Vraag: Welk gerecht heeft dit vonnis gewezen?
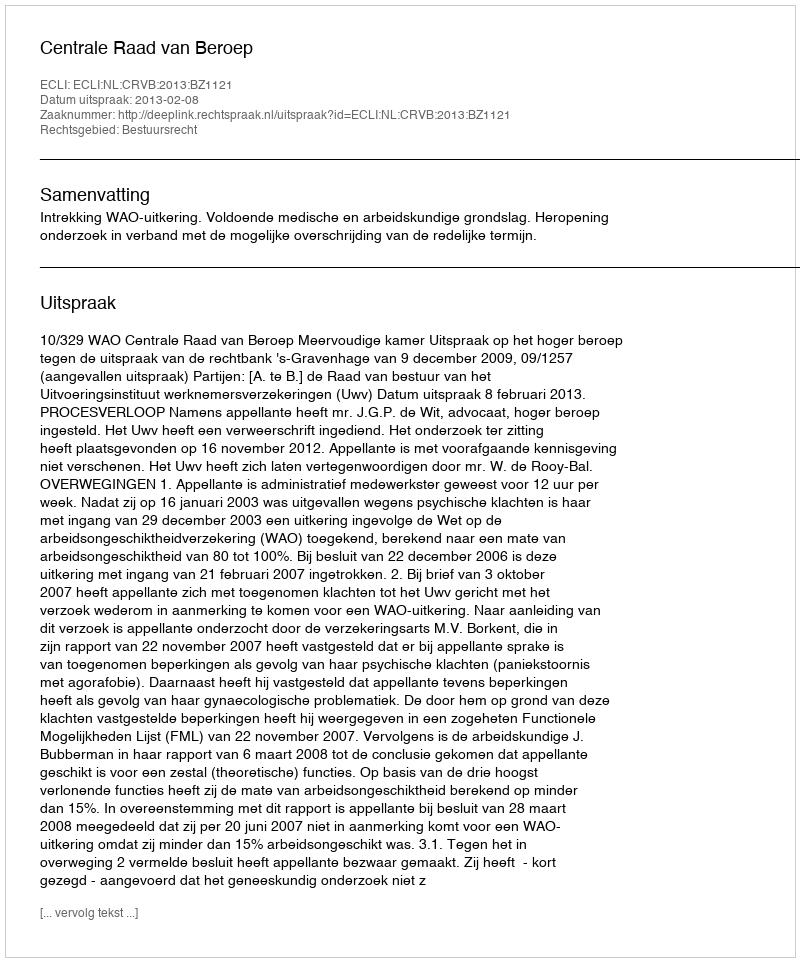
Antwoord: Centrale Raad van Beroep